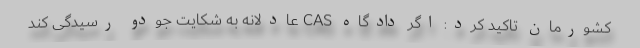
کشورمان تاکید کرد: اگر دادگاه CAS عادلانه به شکایت جودو رسیدگی کند